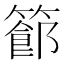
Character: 𥴝